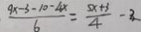
\frac { 9 x - 3 - 1 0 - 4 x } { 6 } = \frac { 5 x + 3 } { 4 } - 2